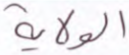
الولاية